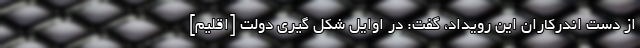
از دست اندرکاران این رویداد، گفت: در اوایل شکل گیری دولت [اقلیم]